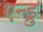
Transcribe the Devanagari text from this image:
एन्ड्रु